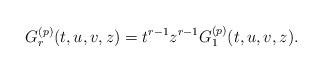
LaTeX: \begin{align*}G^{(p)}_r(t,u,v,z) = t^{r-1}z^{r-1} G^{(p)}_1(t,u,v,z).\end{align*}